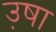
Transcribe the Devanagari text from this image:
उ़षा